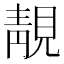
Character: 靚